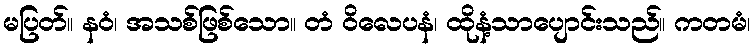
မပြတ်။ နဝံ၊ အသစ်ဖြစ်သော။ တံ ဝိလေပနံ၊ ထိုနံ့သာပျောင်းသည်။ ကတမံ၊